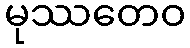
မုဿတေဝ